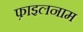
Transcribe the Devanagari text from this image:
फ़ाइलनाम